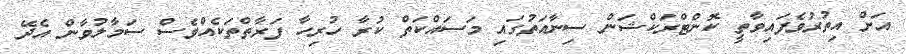
އަށް އިތުރުވެފައިވާތީ ކޮންޓްރަކްޝަން ސިނާއަތުގައި މަސައްކަތް ކުރާ ހުރިހާ ފަރާތްތަކެއްވެސް ސަމާލުވާން އެދޭ